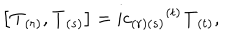
LaTeX: \left[ { \bf T } _ { ( r ) } , { \bf T } _ { ( s ) } \right] = i { c _ { ( r ) ( s ) } } ^ { ( t ) } { \bf T } _ { ( t ) } ,